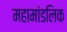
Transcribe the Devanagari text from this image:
महामांडलिक